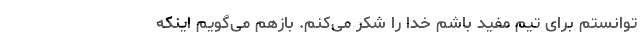
توانستم برای تیم مفید باشم خدا را شکر می‌کنم. بازهم می‌گویم اینکه